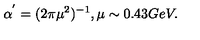
\alpha ^ { ' } = ( 2 \pi \mu ^ { 2 } ) ^ { - 1 } , \mu \sim 0 . 4 3 G e V .